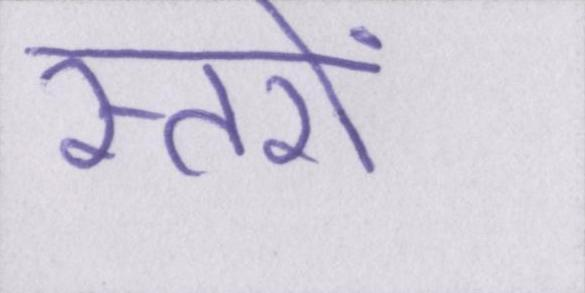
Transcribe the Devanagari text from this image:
स्तरों